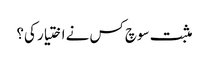
مثبت سوچ کس نے اختیار کی؟